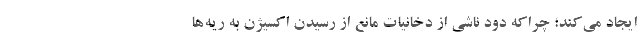
ایجاد می‌کند؛ چراکه دود ناشی از دخانیات مانع از رسیدن اکسیژن به ریه‌ها